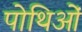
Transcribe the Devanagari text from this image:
पोथिओं